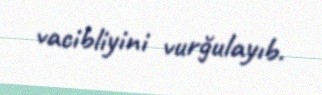
vacibliyini vurğulayıb.